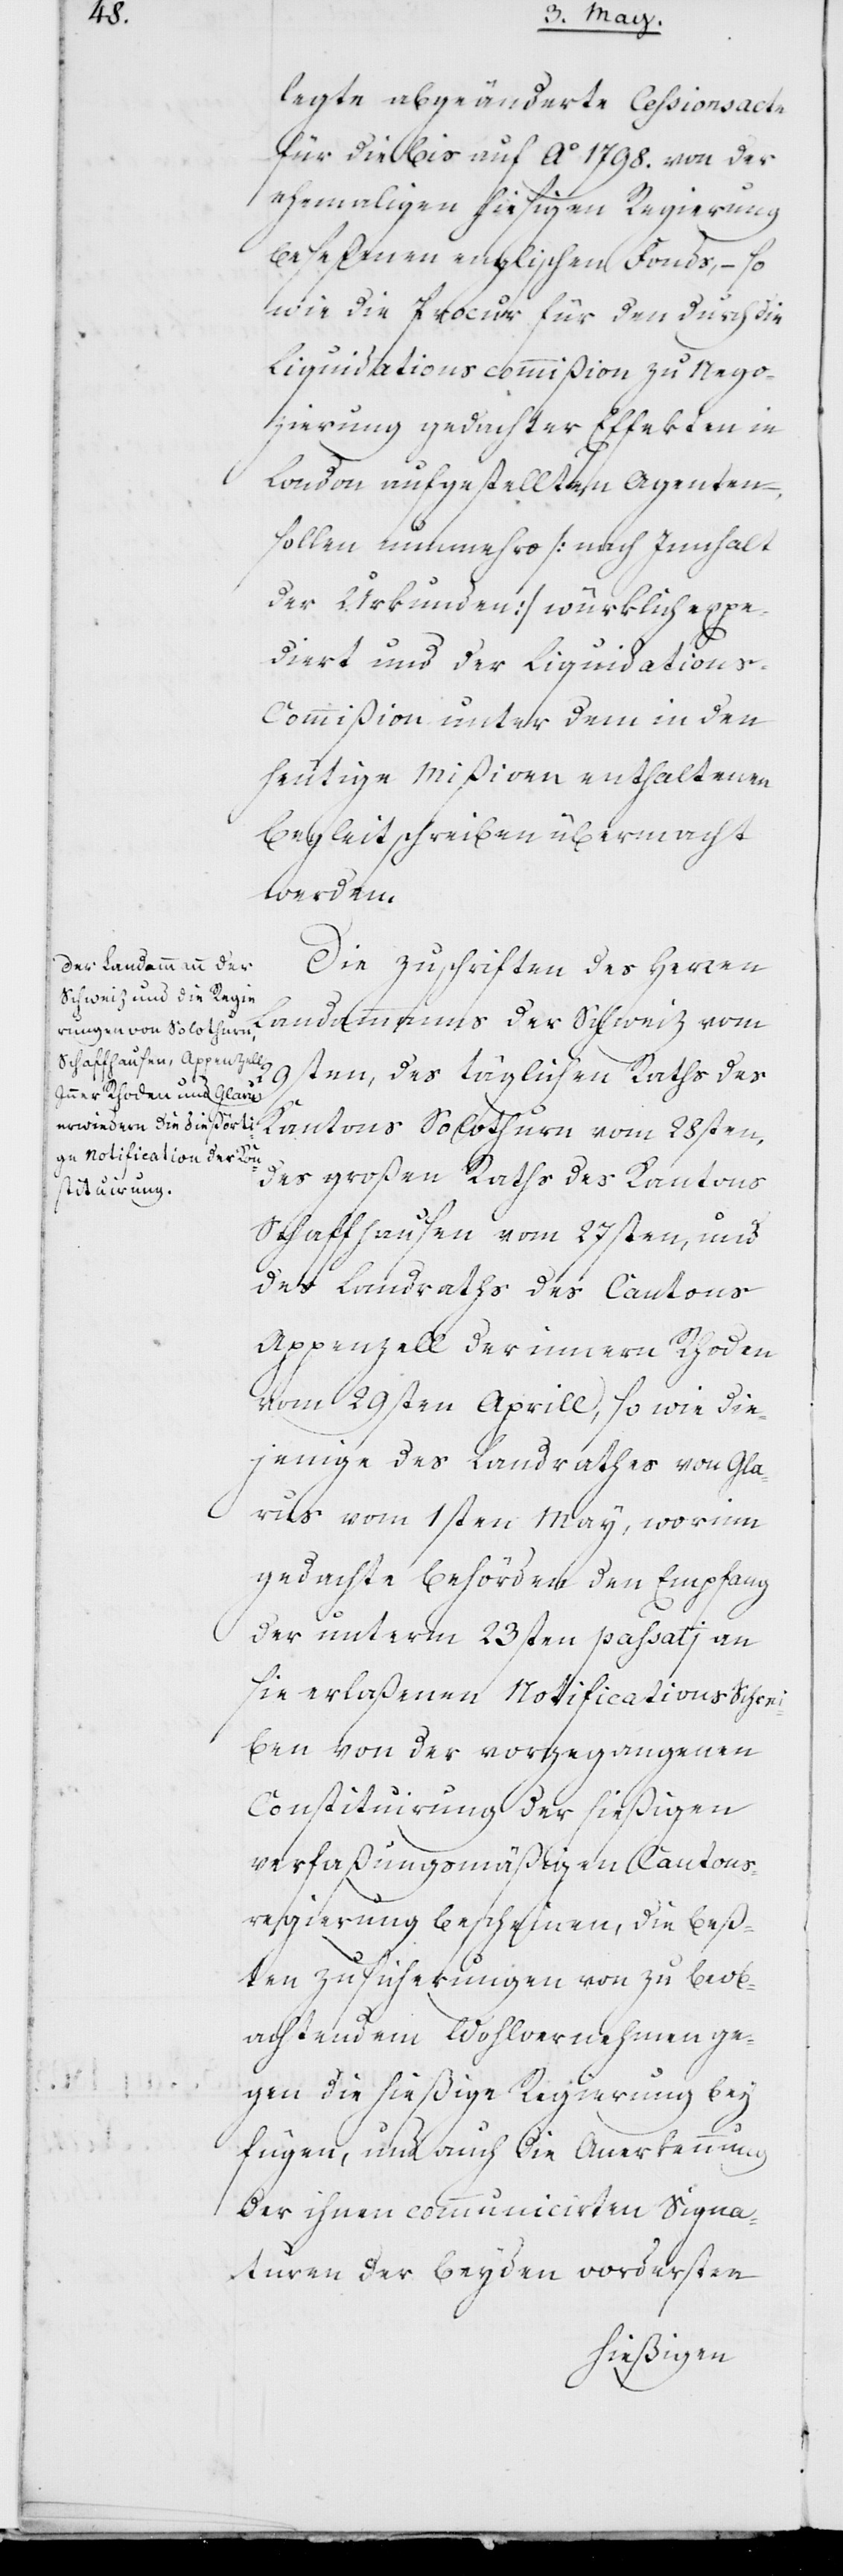
legte abgeänderte Cessionsacte
für die bis auf Ao 1798. von der
ehemaligen hiesigen Regierung
beseßenen englischen Fonds, – so
wie die Procur für den durch die
Liquidationscommißion zu Nego¬
zierung gedachter Effekten in
London aufgestellten Agenten
sollen nunmehro (nach Innhalt
der Urkunden) würklich expe¬
diert und der Liquidations-C¬
ommißion unter dem in den
heutige[n] Mißiven enthaltenen
Begleitschreiben übermacht
werden.
Die Zuschriften des Herren
Landammanns der Schweiz vom
9ten, des täglichen Raths des
Kantons Solothurn vom 28sten,
des Großen Raths des Kantons
Schaffhausen vom 27sten, und
des Landrats des Cantons
Appenzell der inneren Rhoden
vom 29sten Aprill, so wie die¬
jenige des Landrates von Gla¬
rus vom 1sten May, worinn
gedachte Behörden den Empfang
der unterm 23sten passati an
sie erlaßenen Notifications-Schrei¬
ben von der vorgegangenen
Constituirung der hießigen
verfaßungsmäßigen Cantons¬
regierung bescheinen, die bes¬
ten Zusicherungen von zu beob¬
achtendem Wohlvernehmen ge¬
gen die hießige Regierung bey¬
fügen, und auch die Anerkennung
der ihnen communicierten Signa¬
turen der beyden vordersten